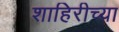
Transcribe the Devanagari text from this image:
शाहिरीच्या